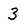
Character: 3